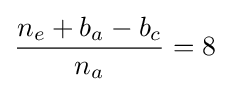
{\frac {n_{e}+b_{a}-b_{c}}{n_{a}}}=8